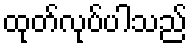
ထုတ်လုပ်ပါသည်